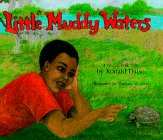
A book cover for Little Muddy Waters: A Gullah Folk Tale; Ronald Daise; Children's Books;